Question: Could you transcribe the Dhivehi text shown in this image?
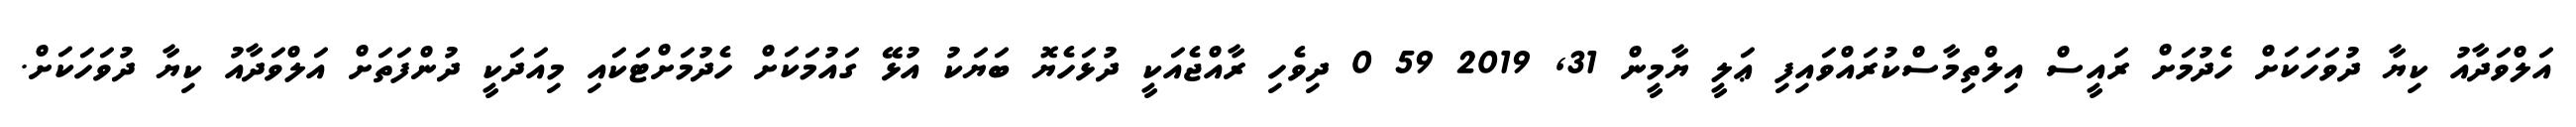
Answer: އަލްވަދާއު ކިޔާ ދުވަހަކަށް ހެދުމަށް ރައީސް އިލްތިމާސްކުރައްވައިފި ޢަލީ ޔާމީން 31, 2019 59 0 ދިވެހި ރާއްޖެއަކީ ދުޅަހެޔޮ ބަޔަކު އުޅޭ ގައުމަކަށް ހެދުމަށްޓަކައި މިއަދަކީ ދުންފަތަށް އަލްވަދާއު ކިޔާ ދުވަހަކަށް.